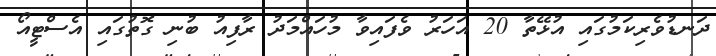
ދަނޑުވެރިކަމުގައި އުޅޭތާ 20 އަހަރު ވެފައިވާ މުހައްމަދު ރާފިއު ބުނި ގޮތުގައި އެސްޓީއޯ